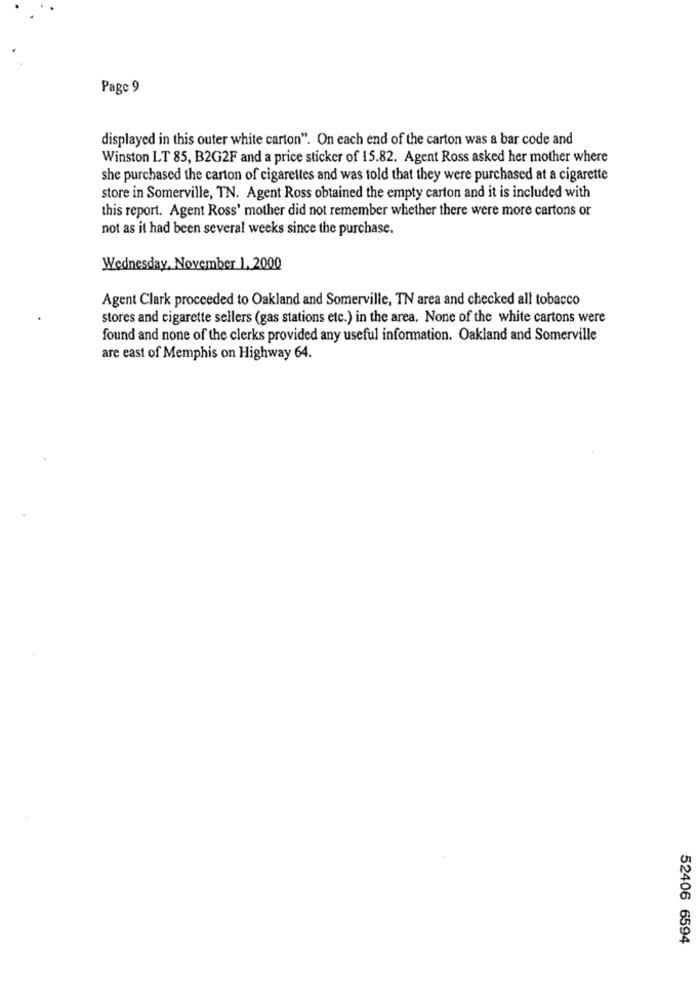
Page 9
displayed in this outer white carton". On each end of the carton was a bar code and
Winston LT 85, B2G2F and a price sticker of 15.82. Agent Ross asked her mother where
she purchased the carton of cigarettes and was told that they were purchased at a cigarette
store in Somerville, TN. Agent Ross obtained the empty carton and it is included with
this report. Agent Ross' mother did not remember whether there were more cartons or
not as it had been several weeks since the purchase.
Wednesday, November 1, 2000
Agent Clark proceeded to Oakland and Somerville, TN area and checked all tobacco
stores and cigarette sellers (gas stations etc.) in the area. None of the white cartons were
found and none of the clerks provided any useful information. Oakland and Somerville
are east of Memphis on Highway 64.
52406 6594